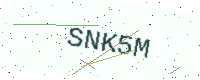
Text: SNK5M